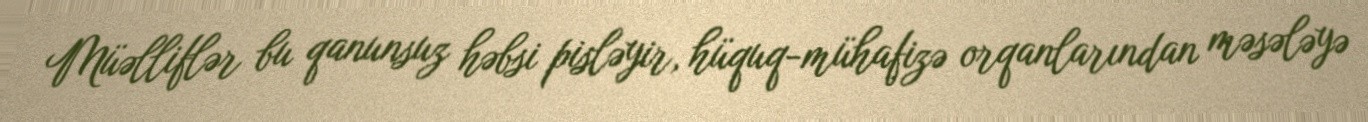
Müəlliflər bu qanunsuz həbsi pisləyir, hüquq-mühafizə orqanlarından məsələyə